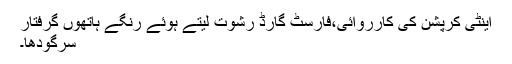
اینٹی کرپشن کی کارروائی،فارسٹ گارڈ رشوت لیتے ہوئے رنگے ہاتھوں گرفتار
سرگودھا۔